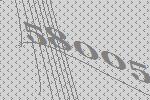
58005